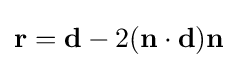
\mathbf {r} =\mathbf {d} -2(\mathbf {n} \cdot \mathbf {d} )\mathbf {n}